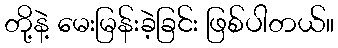
တို့နဲ့ မေးမြန်းခဲ့ခြင်း ဖြစ်ပါတယ်။